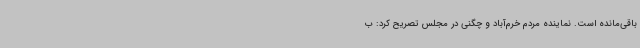
باقی‌مانده است. نماینده مردم خرم‌آباد و چگنی در مجلس تصریح کرد: ب